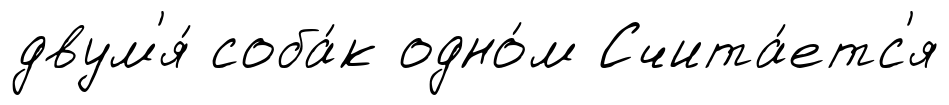
двум'я́ соба́к одно́м Счита́етс'я